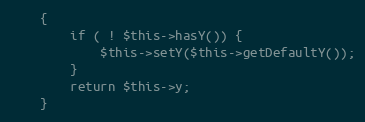
Language: PHP
    {
        if ( ! $this->hasY()) {
            $this->setY($this->getDefaultY());
        }
        return $this->y;
    }